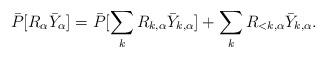
LaTeX: \begin{align*}\bar P[R_\alpha \bar Y_\alpha] = \bar P[\sum_k R_{k,\alpha} \bar Y_{k,\alpha}]+ \sum_k R_{<k,\alpha} \bar Y_{k,\alpha}.\end{align*}